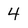
Character: 4